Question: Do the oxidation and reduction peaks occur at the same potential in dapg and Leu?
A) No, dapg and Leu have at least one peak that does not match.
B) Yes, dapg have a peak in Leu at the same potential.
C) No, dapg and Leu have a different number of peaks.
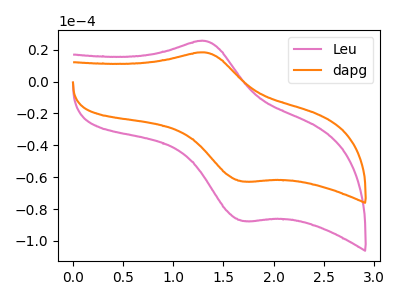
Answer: <think>The pink curve "Leu" has an anodic peak at (1.30V, 25.45uA) and a cathodic peak at (1.70V, -87.50uA). The orange curve "dapg" has an anodic peak at (1.30V, 18.25uA) and a cathodic peak at (1.70V, -62.70uA).</think>
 <answer>B) Yes, "dapg" have a peak in "Leu" at the same potential.</answer>
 <eval>B</eval>